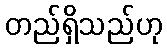
တည်ရှိသည်ဟု